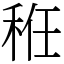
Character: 秹